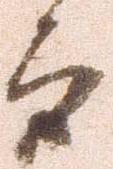
而